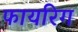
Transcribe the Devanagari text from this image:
फायरिग